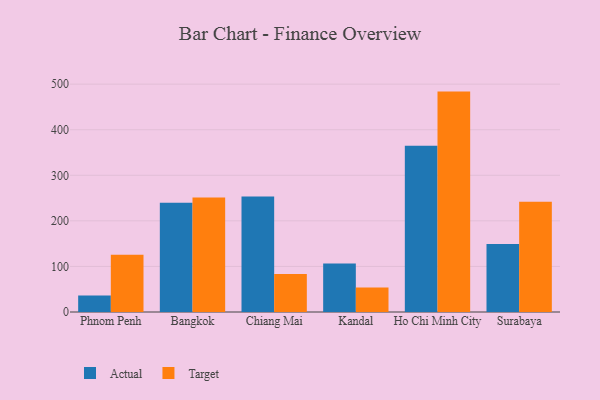
{"axis": {"x": "City", "y": "Active Users"}, "legend": ["Actual", "Target"], "data": [{"x": "Phnom Penh", "y": 36.1, "type": "Actual"}, {"x": "Phnom Penh", "y": 125.9, "type": "Target"}, {"x": "Bangkok", "y": 239.7, "type": "Actual"}, {"x": "Bangkok", "y": 251.4, "type": "Target"}, {"x": "Chiang Mai", "y": 253.4, "type": "Actual"}, {"x": "Chiang Mai", "y": 83.4, "type": "Target"}, {"x": "Kandal", "y": 106.2, "type": "Actual"}, {"x": "Kandal", "y": 53.6, "type": "Target"}, {"x": "Ho Chi Minh City", "y": 365.1, "type": "Actual"}, {"x": "Ho Chi Minh City", "y": 483.7, "type": "Target"}, {"x": "Surabaya", "y": 149.2, "type": "Actual"}, {"x": "Surabaya", "y": 241.7, "type": "Target"}]}